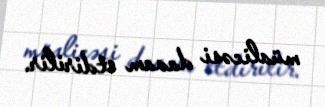
müalicəsi davam etdirilir.